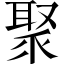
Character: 聚